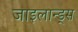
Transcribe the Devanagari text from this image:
जाइलान्ड्स